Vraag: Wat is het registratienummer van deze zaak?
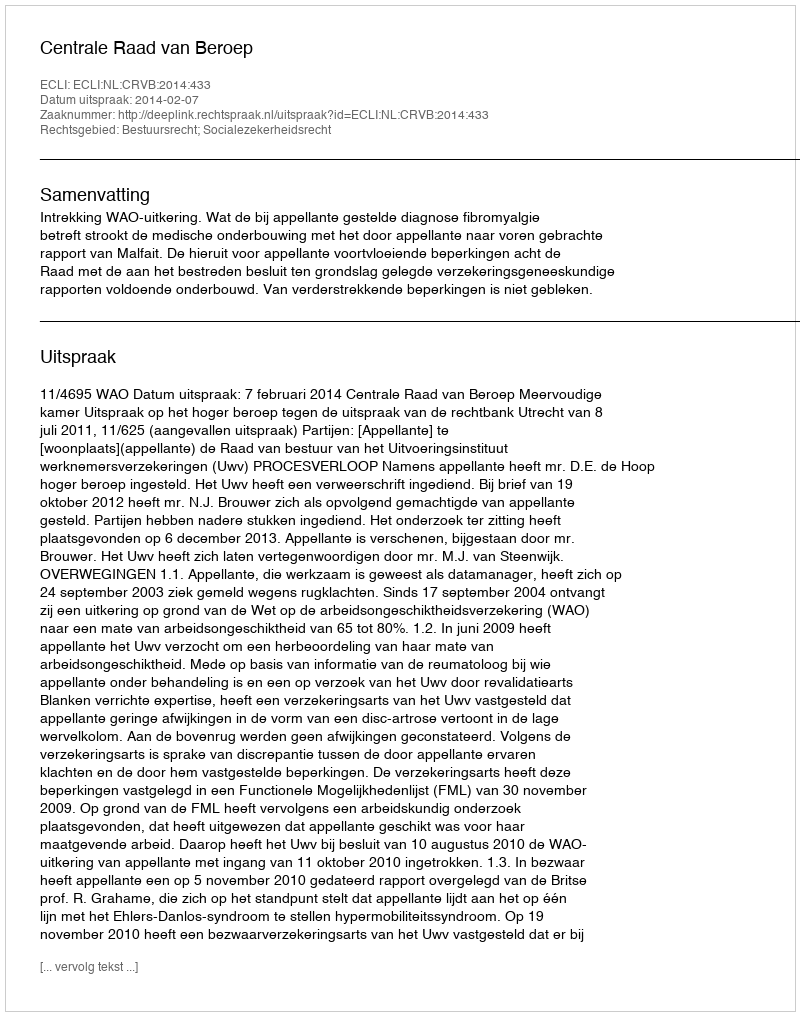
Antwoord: http://deeplink.rechtspraak.nl/uitspraak?id=ECLI:NL:CRVB:2014:433